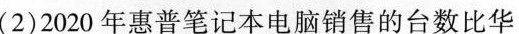
(2)2020年惠普笔记本电脑销售的台数比华